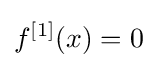
f^{[1]}(x)=0